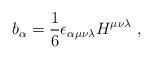
\begin{align*}b_{\alpha }=\frac{1}{6}\epsilon _{\alpha \mu \nu \lambda }H^{\mu \nu \lambda}\ ,\end{align*}